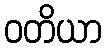
ဝတိယာ